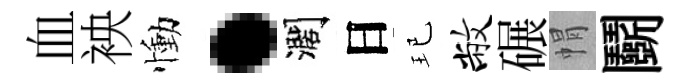
血䘧慟·濶日玘敝碾㡌鬬